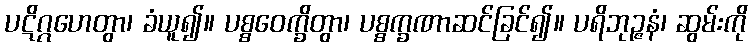
ပဋိဂ္ဂဟေတွာ၊ ခံယူ၍။ ပစ္စဝေက္ခိတွာ၊ ပစ္စက္ခဏာဆင်ခြင်၍။ ပရိဘုဉ္ဇနံ၊ ဆွမ်းကို